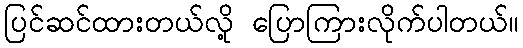
ပြင်ဆင်ထားတယ်လို့ ပြောကြားလိုက်ပါတယ်။